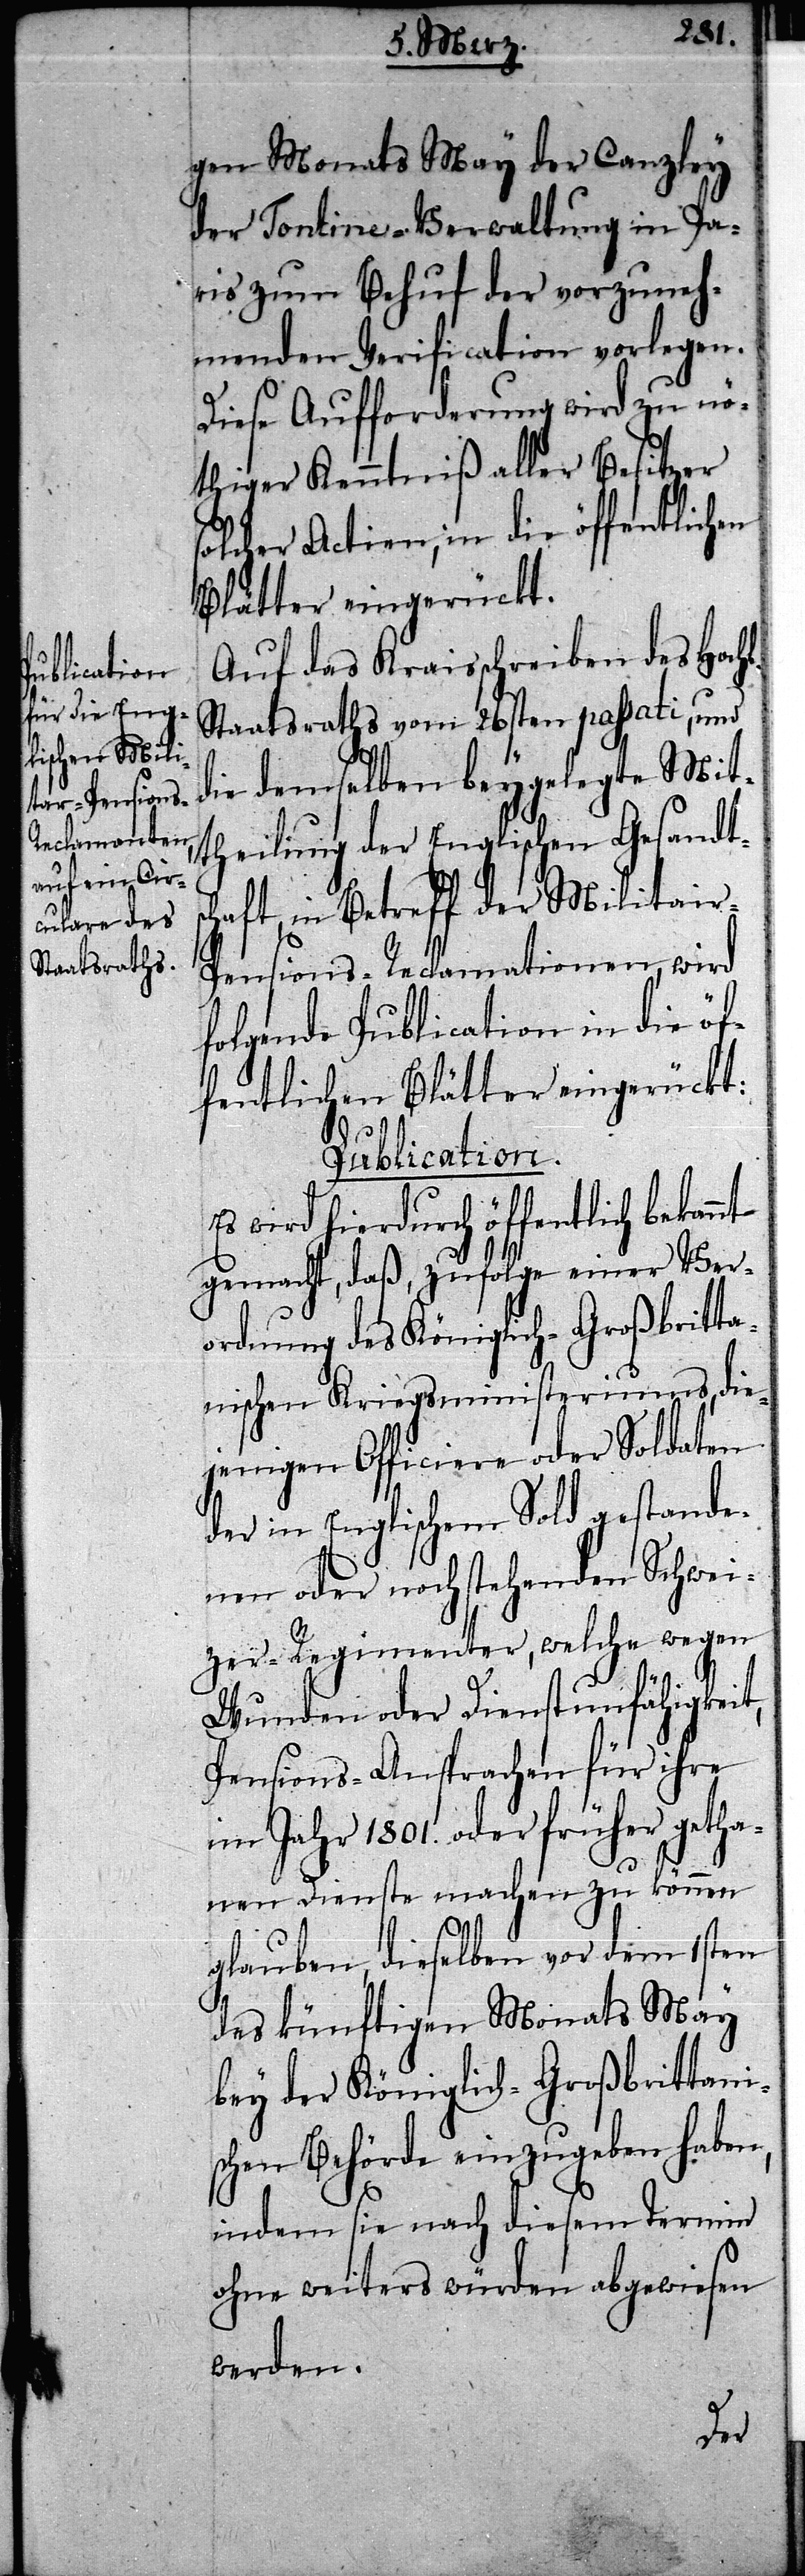
gen Monats May der Canzley
der Tontine-Verwaltung in Pa¬
ris zum Behuf der vorzuneh¬
menden Verification vorlegen.
Diese Aufforderung wird zu nö¬
thiger Kenntniß aller Besitzer
solcher Actien, in die öffentlichen
Blätter eingerückt.
Auf das Kraisschreiben des Hochl.
Staatsraths vom 26sten passati, und
die demselben beygelegte Mit¬
theilung der Englischen Gesandts¬
chaft, in Betreff der Militair-P¬
ensions-Reclamationen, wird
folgende Publication in die öf¬
fentlichen Blätter eingerückt:
Publication.
Es wird hierdurch öffentlich bekannt
gemacht, daß, zufolge einer Ver¬
ordnung des Königlich-Großbritta¬
nischen Kriegsministeriums, die¬
jenigen Officiere oder Soldaten
der in Englischem Sold gestande¬
nen oder noch stehenden Schwei¬
zer-Regimenter, welche wegen
Wunden oder Dienstunfähigkeit,
Pensions-Ansprachen für ihre
im Jahr 1801. oder früher getha¬
nen Dienste machen zu können
glauben, dieselben vor dem 1sten
des künftigen Monats May
bey der Königlich-Großbrittanis¬
chen Behörde einzugeben haben,
indem sie nach diesem Termin
ohne weiters würden abgewiesen
werden.